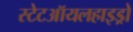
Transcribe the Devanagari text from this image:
स्टेटऑयलहाइड्रो